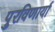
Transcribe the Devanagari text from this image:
पुरविणार्या